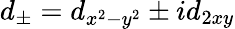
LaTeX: d_{\pm}=d_{x^{2}-y^{2}}\pm id_{2xy}